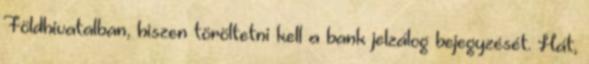
Földhivatalban, hiszen töröltetni kell a bank jelzálog bejegyzését. Hát,